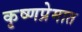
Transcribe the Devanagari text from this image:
कृष्णप्रेमात